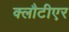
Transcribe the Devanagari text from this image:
क्लौटीएर